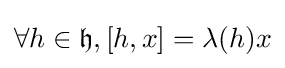
\forall h\in {\mathfrak {h}},[h,x]=\lambda (h)x